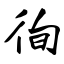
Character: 徇